Lunatic asylums Central Provinces reports 1895-1909 - 1895-1909
Year: 1895
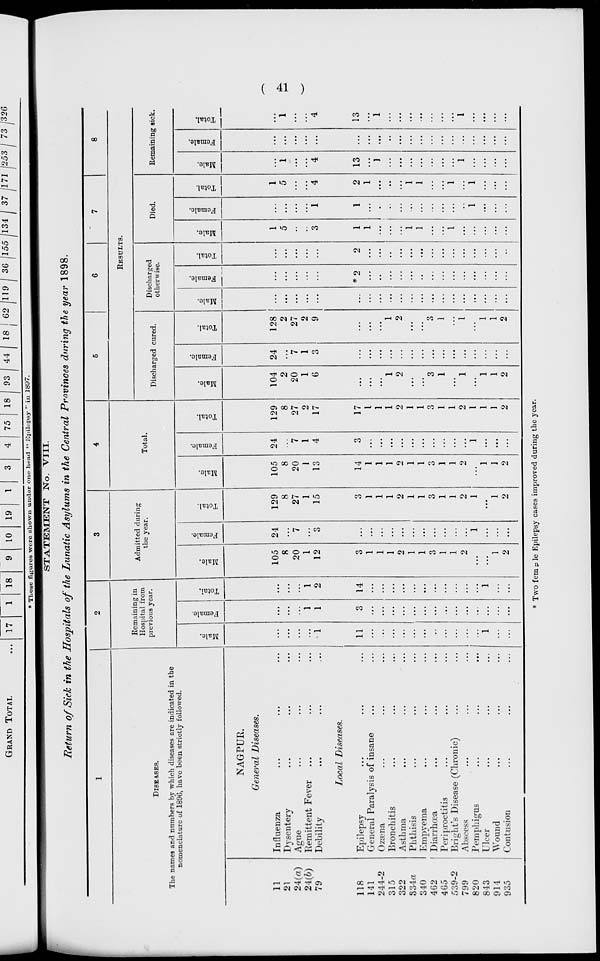
( 41 )
STATEMENT No. VIII.
Return of Sick in the Hospitals of the Lunatic Asylums in the Central Provinces during the year 1898.
1
DISEASES.
The names and numbers by which diseases are indicated in the
nomenclature of 1896, have been strictly followed.
11
21
24(a)
24(b)
79
118
141
244-2
315
322
334a
340
462
465
539-2
799
820
843
914
935
NAGPUR.
General Diseases.
Influenza ... ... ...
Dysentery ... ... ...
Ague ... ... ...
Remittent Fever ... ... ...
Debility ... ... ...
Local Diseases.
Epilepsy ... ... ...
General Paralysis of insane ... ...
Ozæna ... ... ...
Bronchitis ... ... ...
Asthma ... ... ...
Phthisis ... ... ...
Empyema ... ... ...
Diarrhœa ... ... ...
Periproctitis ... ... ...
Bright's Disease (Chronic) ... ...
Abscess ... ... ...
Pemphigus ... ... ...
Ulcer ... ... ...
Wound ... ... ...
Contusion ... ... ...
2
Remaining in
Hospital from
previous year.
Male.
...
...
...
...
1
11
...
...
...
...
...
...
...
...
...
...
...
1
...
...
Female.
...
...
...
1
1
3
...
...
...
...
...
...
...
...
...
...
...
...
...
...
Total.
...
...
...
1
2
14
...
...
...
...
...
...
...
...
...
...
...
1
...
...
3
Admitted during
the year.
Male.
105
8
20
1
12
3
1
1
1
2
1
1
3
1
1
2
...
...
1
2
Female.
24
...
7
...
3
...
...
...
...
...
...
...
...
...
...
...
1
...
...
...
Total.
129
8
27
1
15
3
1
1
1
2
1
1
3
1
1
2
1
...
1
2
4
Total.
Male.
105
8
20
1
13
14
1
1
1
2
1
1
3
1
1
2
...
1
1
2
Female.
24
...
7
1
4
3
...
...
...
...
...
...
...
...
...
...
1
...
...
...
Total.
129
8
27
2
17
17
1
1
1
2
1
1
3
1
1
2
1
1
1
2
5
6
7
8
RESULTS.
Discharged cured.
Male.
104
2
20
1
6
...
...
...
1
2
...
...
3
1
...
1
...
1
1
2
Female.
24
...
7
1
3
...
...
...
...
...
...
...
...
...
...
...
...
...
...
...
Total.
128
2
27
2
9
...
...
...
1
2
...
...
3
1
...
1
...
1
1
2
Discharged
otherwise.
Male.
...
...
...
...
...
...
...
...
...
...
...
...
...
...
...
...
...
...
...
...
Female.
...
...
...
...
...
*2
...
...
...
...
...
...
...
...
...
...
...
...
...
...
Total.
...
...
...
...
...
2
...
...
...
...
...
...
...
...
...
...
...
...
...
...
Died.
Male.
1
5
...
...
3
1
1
...
...
...
1
1
...
...
1
...
...
...
...
...
Female.
...
...
...
...
1
1
...
...
...
...
...
...
...
...
...
...
1
...
...
...
Total.
1
5
...
...
4
2
1
...
...
...
1
1
...
...
1
...
1
...
...
...
Remaining sick.
Male.
...
1
...
...
4
13
...
1
...
...
...
...
...
...
...
1
...
...
...
...
Female.
...
...
...
...
...
...
...
...
...
...
...
...
...
...
...
...
...
...
...
...
Total.
...
1
...
...
4
13
...
1
...
...
...
...
...
...
...
1
...
...
...
...
* Two female Epilepsy cases improved during the year.